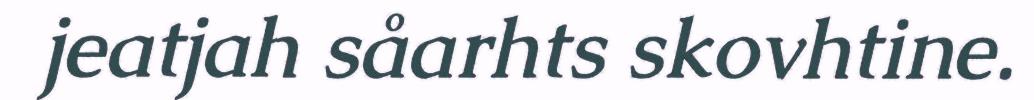
jeatjah såarhts skovhtine.